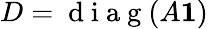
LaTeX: D=\mathrm{~d~i~a~g~}(A{\mathbf 1})